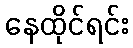
နေထိုင်ရင်း